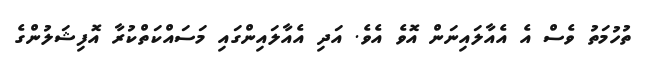
ތުހުމަތު ވެސް އެ އެއާލައިނަން އޮވެ އެވެ. އަދި އެއާލައިންގައި މަސައްކަތްކުރާ އޮފިޝަލުންގެ